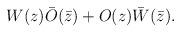
LaTeX: \begin{align*}W(z)\bar{O}(\bar{z})+O(z)\bar{W}(\bar{z}).\end{align*}